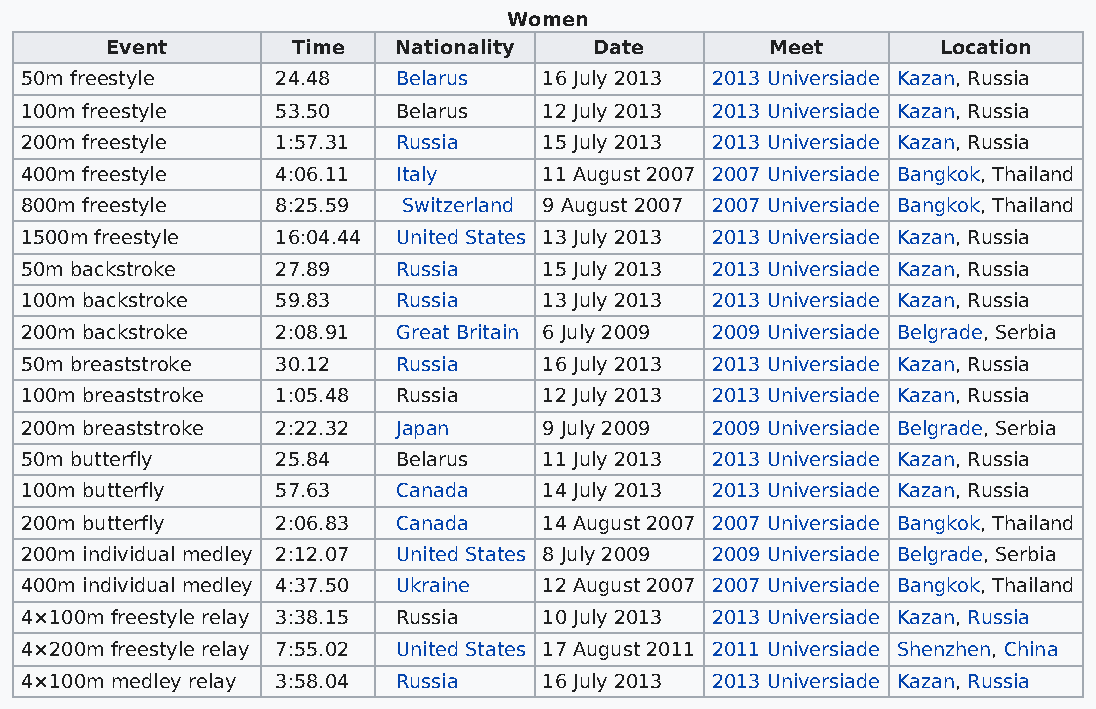
Women
 Event       Time   Nationality  Date        Meet       Location
 50m freestyle    24.48   Belarus   16 July 2013 2013 Universiade Kazan, Russia
 100m freestyle   53.50   Belarus   12 July 2013 2013 Universiade Kazan, Russia
 200m freestyle   1:57.31 Russia    15 July 2013 2013 Universiade Kazan, Russia
 400m freestyle   4:06.11 Italy     11 August 2007 2007 Universiade Bangkok, Thailand
 800m freestyle   8:25.59  Switzerland 9 August 2007 2007 Universiade Bangkok, Thailand
 1500m freestyle  16:04.44 United States 13 July 2013 2013 Universiade Kazan, Russia
 50m backstroke   27.89   Russia    15 July 2013 2013 Universiade Kazan, Russia
 100m backstroke  59.83   Russia    13 July 2013 2013 Universiade Kazan, Russia
 200m backstroke  2:08.91 Great Britain 6 July 2009 2009 Universiade Belgrade, Serbia
 50m breaststroke 30.12   Russia    16 July 2013 2013 Universiade Kazan, Russia
 100m breaststroke 1:05.48 Russia   12 July 2013 2013 Universiade Kazan, Russia
 200m breaststroke 2:22.32 Japan    9 July 2009 2009 Universiade Belgrade, Serbia
 50m butterfly    25.84   Belarus   11 July 2013 2013 Universiade Kazan, Russia
 100m butterfly   57.63   Canada    14 July 2013 2013 Universiade Kazan, Russia
 200m butterfly   2:06.83 Canada    14 August 2007 2007 Universiade Bangkok, Thailand
 200m individual medley 2:12.07 United States 8 July 2009 2009 Universiade Belgrade, Serbia
 400m individual medley 4:37.50 Ukraine 12 August 2007 2007 Universiade Bangkok, Thailand
 4×100m freestyle relay 3:38.15 Russia 10 July 2013 2013 Universiade Kazan, Russia
 4×200m freestyle relay 7:55.02 United States 17 August 2011 2011 Universiade Shenzhen, China
 4×100m medley relay 3:58.04 Russia 16 July 2013 2013 Universiade Kazan, Russia